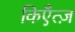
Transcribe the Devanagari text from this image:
किएँत्ज़